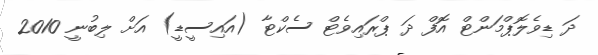
ދަ ޑިވެލޮޕްމަންޓް އޮފް ދަ ޕްރައިވެޓް ސެކްޓާ (އައިސީޑީ) އަށް ލިބުނީ 2010